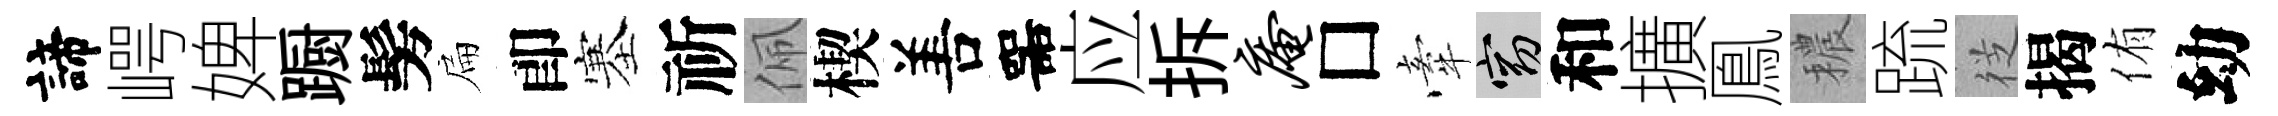
諦崿婢蹰髣扁卽塞祈佩楔𠵊噐应拆庵□牽窈和擴鳯穠䟽徔揭侑幼